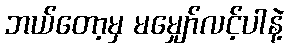
ဘယ်တော့မှ မမျှော်လင့်ပါနဲ့